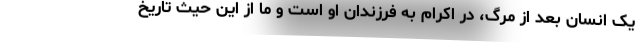
یک انسان بعد از مرگ، در اکرام به فرزندان او است و ما از این حیث تاریخ